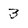
Character: 3